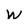
Character: W